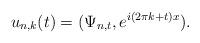
\begin{align*}u_{n,k}(t)=(\Psi_{n,t},e^{i(2\pi k+t)x}).\end{align*}